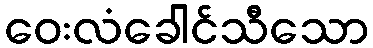
ဝေးလံခေါင်သီသော